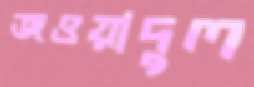
জওয়াদুল